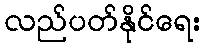
လည်ပတ်နိုင်ရေး